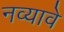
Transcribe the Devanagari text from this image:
नव्यावे